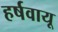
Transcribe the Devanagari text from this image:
हर्षवायू